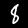
Digit: 8